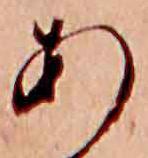
あ